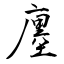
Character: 廛